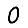
Digit: 0